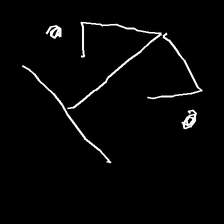
Glyph: earth